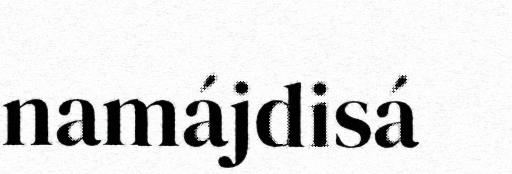
namájdisá